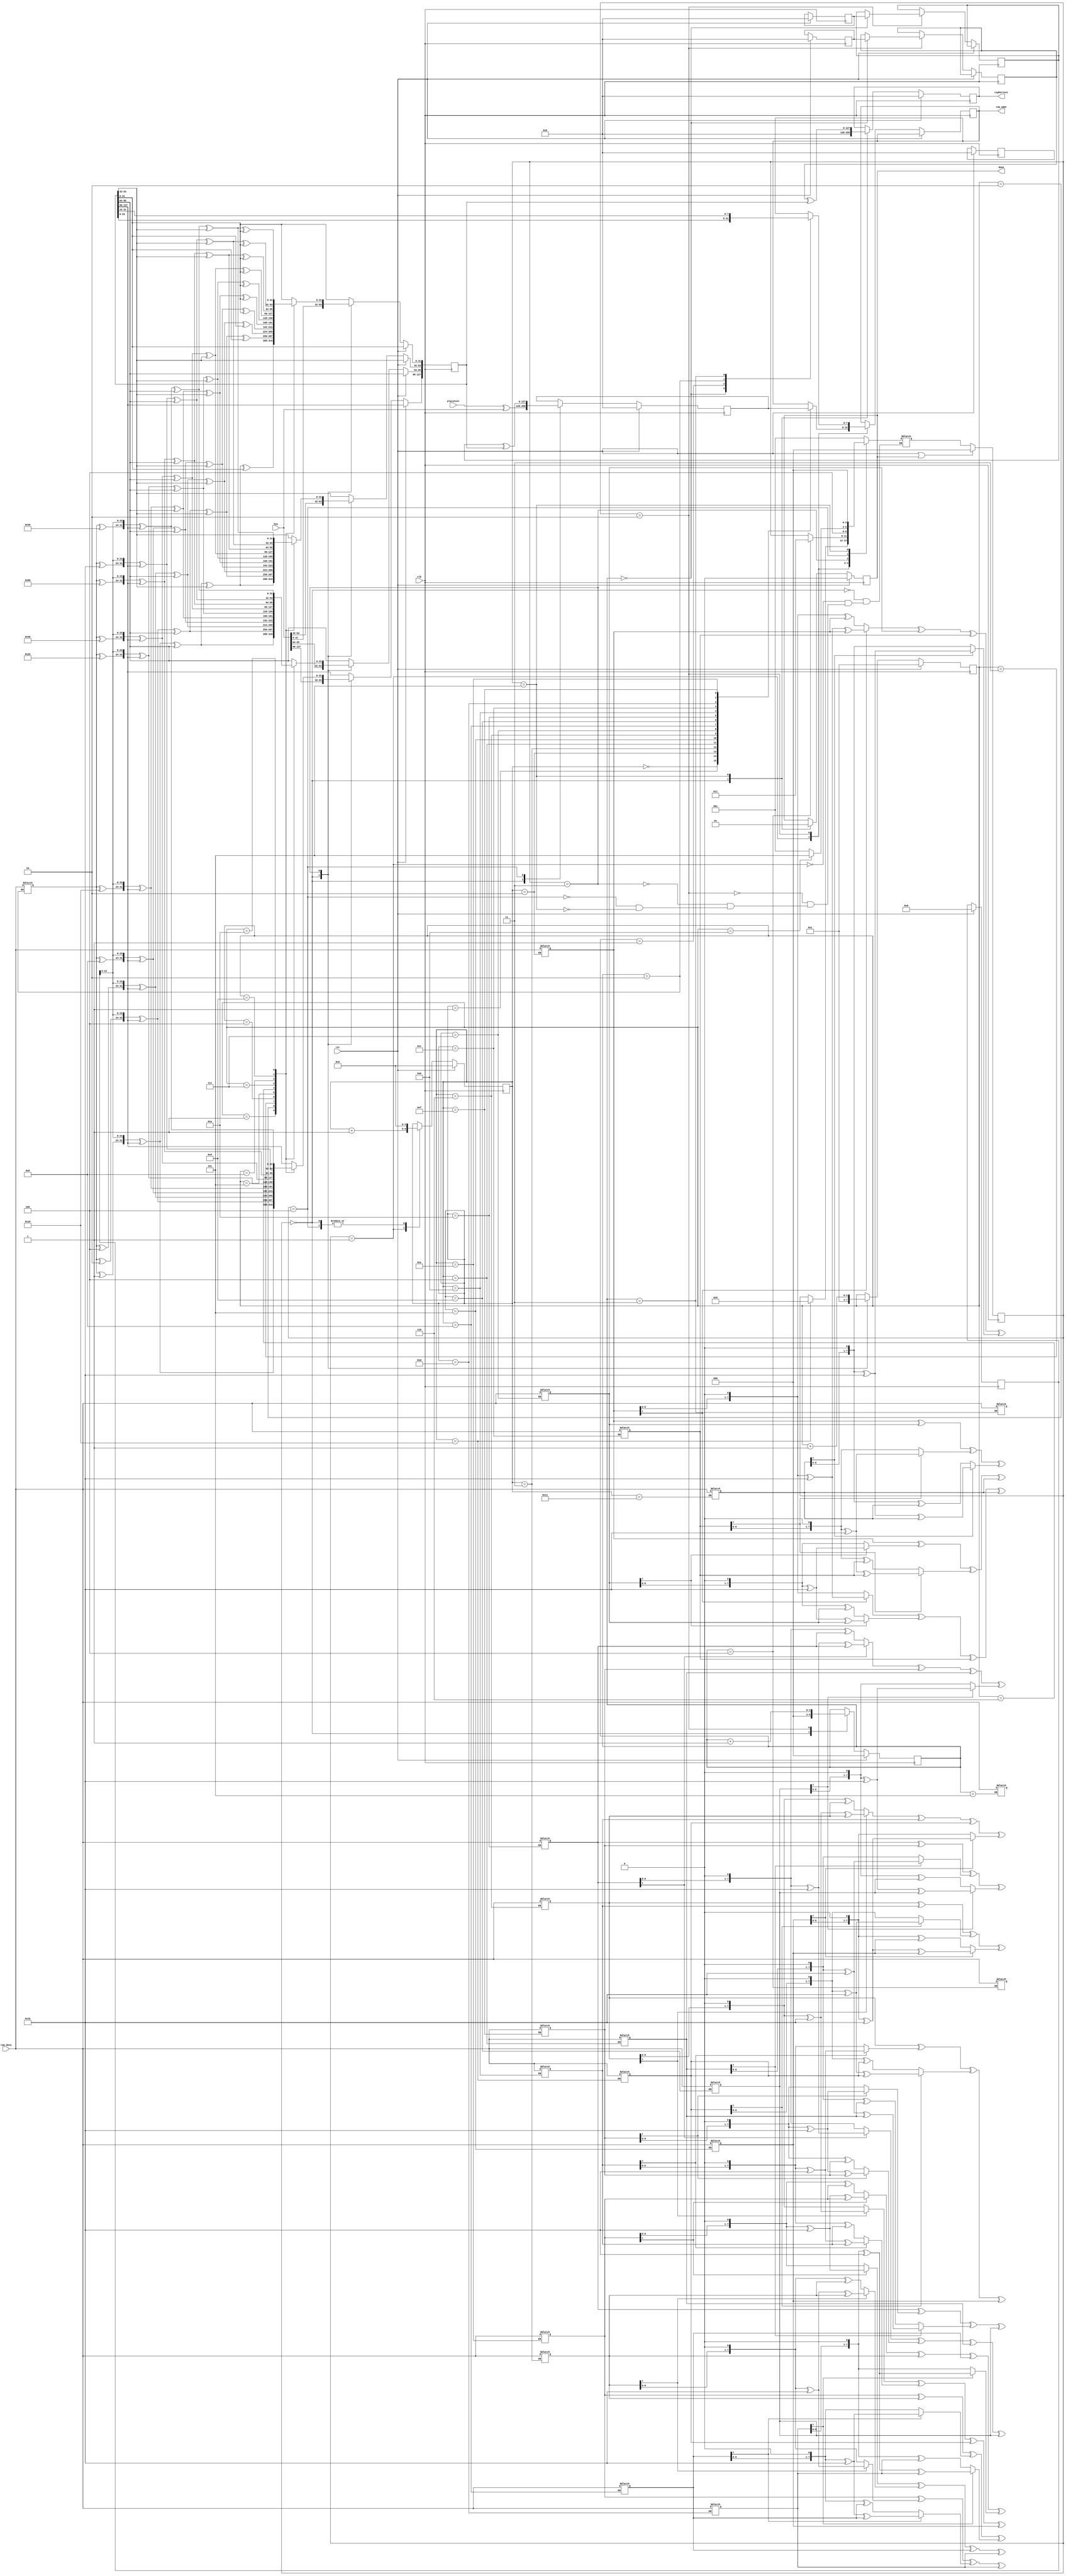
module aes(
    input           clk,
    input           rst,
    input  [127:0]  plaintext,
    input  [127:0]  key,
    input  [7:0]    rom_data,
    output reg [7:0]    rom_addr,
    output reg [127:0]  ciphertext,
    output reg         done
);

localparam READ = 3'd0;
localparam SUBBYTES = 3'd1;
localparam  ROTSUB = 3'd2;
localparam RCON = 3'd3;
localparam R1TOR9 = 3'd4;
localparam FINAL = 3'd5;

parameter rcon1 = 8'h1;
parameter rcon2 = 8'h2;
parameter rcon3 = 8'h4;
parameter rcon4 = 8'h8;
parameter rcon5 = 8'h10;
parameter rcon6 = 8'h20;
parameter rcon7 = 8'h40;
parameter rcon8 = 8'h80;
parameter rcon9 = 8'h1b;
parameter rcon10 = 8'h36;

reg [2:0] state, nextstate;
reg [127:0] after_addroundkey, after_subbytes, after_shiftrow, after_mixcolumns, temp, final_temp;
reg [127:0] last_key;

reg [7:0] pos1, pos2, pos3, pos4, pos5, pos6, pos7, pos8, pos9, pos10, pos11, pos12, pos13, pos14, pos15, pos16;
reg [7:0] mixcolpos1, mixcolpos2, mixcolpos3, mixcolpos4, mixcolpos5, mixcolpos6, mixcolpos7, mixcolpos8, mixcolpos9, mixcolpos10, mixcolpos11, mixcolpos12, mixcolpos13, mixcolpos14, mixcolpos15, mixcolpos16;

reg [4:0] count;
reg [2:0] key_count;
reg [31:0] subword;
reg [3:0] round;

always @(posedge clk) begin
    if(rst | done) state <= READ;
    else state <= nextstate;
end

always @(*) begin
    case (state)
        READ: begin
            nextstate = SUBBYTES;
        end
        SUBBYTES: begin
            if(count==16) nextstate = ROTSUB;
            else nextstate = state;
        end
        ROTSUB: begin
            if(key_count==4) nextstate = RCON;
            else nextstate = state;
        end
        RCON: begin
            nextstate = R1TOR9;
        end
        R1TOR9:begin
            if(round==11) nextstate = FINAL;
            else nextstate = SUBBYTES;
        end
        FINAL: begin
            nextstate = READ;
        end 
    endcase
end

always @(posedge clk) begin
    if(rst) begin
        ciphertext <= 0;
        done <= 0;
        count <= 0;
        round <=1;
        key_count <=0;
        after_addroundkey <= 0;
        after_subbytes <= 0;
        after_shiftrow <= 0;
        after_mixcolumns <= 0;
        subword <= 0;
    end
    else begin
        case (state)
            READ: begin
                after_addroundkey <= plaintext^key;
                last_key <= key;
                ciphertext <= 0;
                done <= 0;
                count <= 0;
                round <=1;
                key_count <=0;
            end
            SUBBYTES: begin
                count <= count + 1;
                case (count)
                    5'd0: rom_addr <= after_addroundkey[127:120];
                    5'd1: rom_addr <= after_addroundkey[119:112];
                    5'd2: rom_addr <= after_addroundkey[111:104];
                    5'd3: rom_addr <= after_addroundkey[103:96];
                    5'd4: rom_addr <= after_addroundkey[95:88];
                    5'd5: rom_addr <= after_addroundkey[87:80];
                    5'd6: rom_addr <= after_addroundkey[79:72];
                    5'd7: rom_addr <= after_addroundkey[71:64];
                    5'd8: rom_addr <= after_addroundkey[63:56];
                    5'd9: rom_addr <= after_addroundkey[55:48];
                    5'd10: rom_addr <= after_addroundkey[47:40];
                    5'd11: rom_addr <= after_addroundkey[39:32];
                    5'd12: rom_addr <= after_addroundkey[31:24];
                    5'd13: rom_addr <= after_addroundkey[23:16];
                    5'd14: rom_addr <= after_addroundkey[15:8];
                    5'd15: rom_addr <= after_addroundkey[7:0];
                endcase
            end
            ROTSUB: begin
                key_count <= key_count + 1;
                case (key_count)
                    3'd0: begin
                        temp <= after_mixcolumns;
                        final_temp <= after_shiftrow;
                        rom_addr <= last_key[23:16];
                    end
                    3'd1: begin
                        rom_addr <= last_key[15:8];
                    end
                    3'd2: begin
                        rom_addr <= last_key[7:0];
                    end
                    3'd3: begin
                        rom_addr <= last_key[31:24];
                    end 
                endcase
            end
            RCON: begin
                round <= round + 1;
                case (round)
                    4'd1: begin
                        last_key[127:96] <= {subword[31:24]^rcon1, subword[23:0]}^last_key[127:96];
                        last_key[95:64] <= {subword[31:24]^rcon1, subword[23:0]}^last_key[127:96]^last_key[95:64];
                        last_key[63:32] <= {subword[31:24]^rcon1, subword[23:0]}^last_key[127:96]^last_key[95:64]^last_key[63:32];
                        last_key[31:0] <= {subword[31:24]^rcon1, subword[23:0]}^last_key[127:96]^last_key[95:64]^last_key[63:32]^last_key[31:0];
                    end
                    4'd2: begin
                        last_key[127:96] <= {subword[31:24]^rcon2, subword[23:0]}^last_key[127:96];
                        last_key[95:64] <= {subword[31:24]^rcon2, subword[23:0]}^last_key[127:96]^last_key[95:64];
                        last_key[63:32] <= {subword[31:24]^rcon2, subword[23:0]}^last_key[127:96]^last_key[95:64]^last_key[63:32];
                        last_key[31:0] <= {subword[31:24]^rcon2, subword[23:0]}^last_key[127:96]^last_key[95:64]^last_key[63:32]^last_key[31:0];
                    end
                    4'd3: begin
                        last_key[127:96] <= {subword[31:24]^rcon3, subword[23:0]}^last_key[127:96];
                        last_key[95:64] <= {subword[31:24]^rcon3, subword[23:0]}^last_key[127:96]^last_key[95:64];
                        last_key[63:32] <= {subword[31:24]^rcon3, subword[23:0]}^last_key[127:96]^last_key[95:64]^last_key[63:32];
                        last_key[31:0] <= {subword[31:24]^rcon3, subword[23:0]}^last_key[127:96]^last_key[95:64]^last_key[63:32]^last_key[31:0];
                    end
                    4'd4: begin
                        last_key[127:96] <= {subword[31:24]^rcon4, subword[23:0]}^last_key[127:96];
                        last_key[95:64] <= {subword[31:24]^rcon4, subword[23:0]}^last_key[127:96]^last_key[95:64];
                        last_key[63:32] <= {subword[31:24]^rcon4, subword[23:0]}^last_key[127:96]^last_key[95:64]^last_key[63:32];
                        last_key[31:0] <= {subword[31:24]^rcon4, subword[23:0]}^last_key[127:96]^last_key[95:64]^last_key[63:32]^last_key[31:0];
                    end
                    4'd5: begin
                        last_key[127:96] <= {subword[31:24]^rcon5, subword[23:0]}^last_key[127:96];
                        last_key[95:64] <= {subword[31:24]^rcon5, subword[23:0]}^last_key[127:96]^last_key[95:64];
                        last_key[63:32] <= {subword[31:24]^rcon5, subword[23:0]}^last_key[127:96]^last_key[95:64]^last_key[63:32];
                        last_key[31:0] <= {subword[31:24]^rcon5, subword[23:0]}^last_key[127:96]^last_key[95:64]^last_key[63:32]^last_key[31:0];
                    end
                    4'd6: begin
                        last_key[127:96] <= {subword[31:24]^rcon6, subword[23:0]}^last_key[127:96];
                        last_key[95:64] <= {subword[31:24]^rcon6, subword[23:0]}^last_key[127:96]^last_key[95:64];
                        last_key[63:32] <= {subword[31:24]^rcon6, subword[23:0]}^last_key[127:96]^last_key[95:64]^last_key[63:32];
                        last_key[31:0] <= {subword[31:24]^rcon6, subword[23:0]}^last_key[127:96]^last_key[95:64]^last_key[63:32]^last_key[31:0];
                    end
                    4'd7: begin
                        last_key[127:96] <= {subword[31:24]^rcon7, subword[23:0]}^last_key[127:96];
                        last_key[95:64] <= {subword[31:24]^rcon7, subword[23:0]}^last_key[127:96]^last_key[95:64];
                        last_key[63:32] <= {subword[31:24]^rcon7, subword[23:0]}^last_key[127:96]^last_key[95:64]^last_key[63:32];
                        last_key[31:0] <= {subword[31:24]^rcon7, subword[23:0]}^last_key[127:96]^last_key[95:64]^last_key[63:32]^last_key[31:0];
                    end
                    4'd8: begin
                        last_key[127:96] <= {subword[31:24]^rcon8, subword[23:0]}^last_key[127:96];
                        last_key[95:64] <= {subword[31:24]^rcon8, subword[23:0]}^last_key[127:96]^last_key[95:64];
                        last_key[63:32] <= {subword[31:24]^rcon8, subword[23:0]}^last_key[127:96]^last_key[95:64]^last_key[63:32];
                        last_key[31:0] <= {subword[31:24]^rcon8, subword[23:0]}^last_key[127:96]^last_key[95:64]^last_key[63:32]^last_key[31:0];
                    end
                    4'd9: begin
                        last_key[127:96] <= {subword[31:24]^rcon9, subword[23:0]}^last_key[127:96];
                        last_key[95:64] <= {subword[31:24]^rcon9, subword[23:0]}^last_key[127:96]^last_key[95:64];
                        last_key[63:32] <= {subword[31:24]^rcon9, subword[23:0]}^last_key[127:96]^last_key[95:64]^last_key[63:32];
                        last_key[31:0] <= {subword[31:24]^rcon9, subword[23:0]}^last_key[127:96]^last_key[95:64]^last_key[63:32]^last_key[31:0];
                    end
                    4'd10: begin
                        last_key[127:96] <= {subword[31:24]^rcon10, subword[23:0]}^last_key[127:96];
                        last_key[95:64] <= {subword[31:24]^rcon10, subword[23:0]}^last_key[127:96]^last_key[95:64];
                        last_key[63:32] <= {subword[31:24]^rcon10, subword[23:0]}^last_key[127:96]^last_key[95:64]^last_key[63:32];
                        last_key[31:0] <= {subword[31:24]^rcon10, subword[23:0]}^last_key[127:96]^last_key[95:64]^last_key[63:32]^last_key[31:0];
                    end 
                endcase
            end
            R1TOR9: begin
                after_addroundkey <= temp^last_key;
                count <=0;
            end
            FINAL:begin
                ciphertext <= final_temp^last_key;
                done <= 1;
            end 
        endcase
    end
end

always @(*) begin
    case (key_count)
        3'd2: subword[31:24] = rom_data;
        3'd3: subword[23:16] = rom_data;
        3'd4: subword[15:8] = rom_data;
        3'd5: subword[7:0] = rom_data;
        default: subword = subword;
    endcase
end

always @(*) begin
    case (count)
        5'd2: after_subbytes[127:120] = rom_data;
        5'd3: after_subbytes[119:112] = rom_data;
        5'd4: after_subbytes[111:104] = rom_data;
        5'd5: after_subbytes[103:96] = rom_data;
        5'd6: after_subbytes[95:88] = rom_data;
        5'd7: after_subbytes[87:80] = rom_data;
        5'd8: after_subbytes[79:72] = rom_data;
        5'd9: after_subbytes[71:64] = rom_data;
        5'd10: after_subbytes[63:56] = rom_data;
        5'd11: after_subbytes[55:48] = rom_data;
        5'd12: after_subbytes[47:40] = rom_data;
        5'd13: after_subbytes[39:32] = rom_data;
        5'd14: after_subbytes[31:24] = rom_data;
        5'd15: after_subbytes[23:16] = rom_data;
        5'd16: after_subbytes[15:8] = rom_data;
        5'd17: after_subbytes[7:0] = rom_data;
        default: after_subbytes = after_subbytes;
    endcase
end

always @(*) begin
    pos1 = after_subbytes[127:120]; pos5 = after_subbytes[95:88]; pos9 = after_subbytes[63:56];   pos13 = after_subbytes[31:24];
    pos2 = after_subbytes[87:80];   pos6 = after_subbytes[55:48]; pos10 = after_subbytes[23:16];  pos14 = after_subbytes[119:112];
    pos3 = after_subbytes[47:40];   pos7 = after_subbytes[15:8];  pos11 = after_subbytes[111:104];pos15 = after_subbytes[79:72];
    pos4 = after_subbytes[7:0];     pos8 = after_subbytes[103:96];pos12 = after_subbytes[71:64];  pos16 = after_subbytes[39:32];
    after_shiftrow = {pos1, pos2, pos3, pos4, pos5, pos6, pos7, pos8, pos9, pos10, pos11, pos12, pos13, pos14, pos15, pos16};
end

always @(*) begin
    mixcolpos1 = (pos1[7]? (pos1<<1)^{8'b00011011} : pos1<<1) ^ (pos2[7]? (pos2<<1)^{8'b00011011}^pos2 : (pos2<<1)^pos2) ^ pos3 ^ pos4;
    mixcolpos2 = pos1 ^ (pos2[7]? (pos2<<1)^{8'b00011011} : pos2<<1) ^ (pos3[7]? (pos3<<1)^{8'b00011011}^pos3 : (pos3<<1)^pos3) ^ pos4;
    mixcolpos3 = pos1 ^ pos2 ^ (pos3[7]? (pos3<<1)^{8'b00011011} : pos3<<1) ^ (pos4[7]? (pos4<<1)^{8'b00011011}^pos4 : (pos4<<1)^pos4);
    mixcolpos4 = (pos1[7]? (pos1<<1)^{8'b00011011}^pos1 : (pos1<<1)^pos1) ^ pos2 ^ pos3 ^ (pos4[7]? (pos4<<1)^{8'b00011011} : pos4<<1);

    mixcolpos5 = (pos5[7]? (pos5<<1)^{8'b00011011} : pos5<<1) ^ (pos6[7]? (pos6<<1)^{8'b00011011}^pos6 : (pos6<<1)^pos6) ^ pos7 ^ pos8;
    mixcolpos6 = pos5 ^ (pos6[7]? (pos6<<1)^{8'b00011011} : pos6<<1) ^ (pos7[7]? (pos7<<1)^{8'b00011011}^pos7 : (pos7<<1)^pos7) ^ pos8;
    mixcolpos7 = pos5 ^ pos6 ^ (pos7[7]? (pos7<<1)^{8'b00011011} : pos7<<1) ^ (pos8[7]? (pos8<<1)^{8'b00011011}^pos8 : (pos8<<1)^pos8);
    mixcolpos8 = (pos5[7]? (pos5<<1)^{8'b00011011}^pos5 : (pos5<<1)^pos5) ^ pos6 ^ pos7 ^ (pos8[7]? (pos8<<1)^{8'b00011011} : pos8<<1);

    mixcolpos9 = (pos9[7]? (pos9<<1)^{8'b00011011} : pos9<<1) ^ (pos10[7]? (pos10<<1)^{8'b00011011}^pos10 : (pos10<<1)^pos10) ^ pos11 ^ pos12;
    mixcolpos10 = pos9 ^ (pos10[7]? (pos10<<1)^{8'b00011011} : pos10<<1) ^ (pos11[7]? (pos11<<1)^{8'b00011011}^pos11 : (pos11<<1)^pos11) ^ pos12;
    mixcolpos11 = pos9 ^ pos10 ^ (pos11[7]? (pos11<<1)^{8'b00011011} : pos11<<1) ^ (pos12[7]? (pos12<<1)^{8'b00011011}^pos12 : (pos12<<1)^pos12);
    mixcolpos12 = (pos9[7]? (pos9<<1)^{8'b00011011}^pos9 : (pos9<<1)^pos9) ^ pos10 ^ pos11 ^ (pos12[7]? (pos12<<1)^{8'b00011011} : pos12<<1);

    mixcolpos13 = (pos13[7]? (pos13<<1)^{8'b00011011} : pos13<<1) ^ (pos14[7]? (pos14<<1)^{8'b00011011}^pos14 : (pos14<<1)^pos14) ^ pos15 ^ pos16;
    mixcolpos14 = pos13 ^ (pos14[7]? (pos14<<1)^{8'b00011011} : pos14<<1) ^ (pos15[7]? (pos15<<1)^{8'b00011011}^pos15 : (pos15<<1)^pos15) ^ pos16;
    mixcolpos15 = pos13 ^ pos14 ^ (pos15[7]? (pos15<<1)^{8'b00011011} : pos15<<1) ^ (pos16[7]? (pos16<<1)^{8'b00011011}^pos16 : (pos16<<1)^pos16);
    mixcolpos16 = (pos13[7]? (pos13<<1)^{8'b00011011}^pos13 : (pos13<<1)^pos13) ^ pos14 ^ pos15 ^ (pos16[7]? (pos16<<1)^{8'b00011011} : pos16<<1);
    after_mixcolumns = {mixcolpos1, mixcolpos2, mixcolpos3, mixcolpos4, mixcolpos5, mixcolpos6, mixcolpos7, mixcolpos8, mixcolpos9, mixcolpos10, mixcolpos11, mixcolpos12, mixcolpos13, mixcolpos14, mixcolpos15, mixcolpos16};
end

endmodule